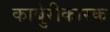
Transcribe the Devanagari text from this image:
कार्बुरीकारक